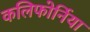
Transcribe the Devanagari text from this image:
कलिफोर्निया